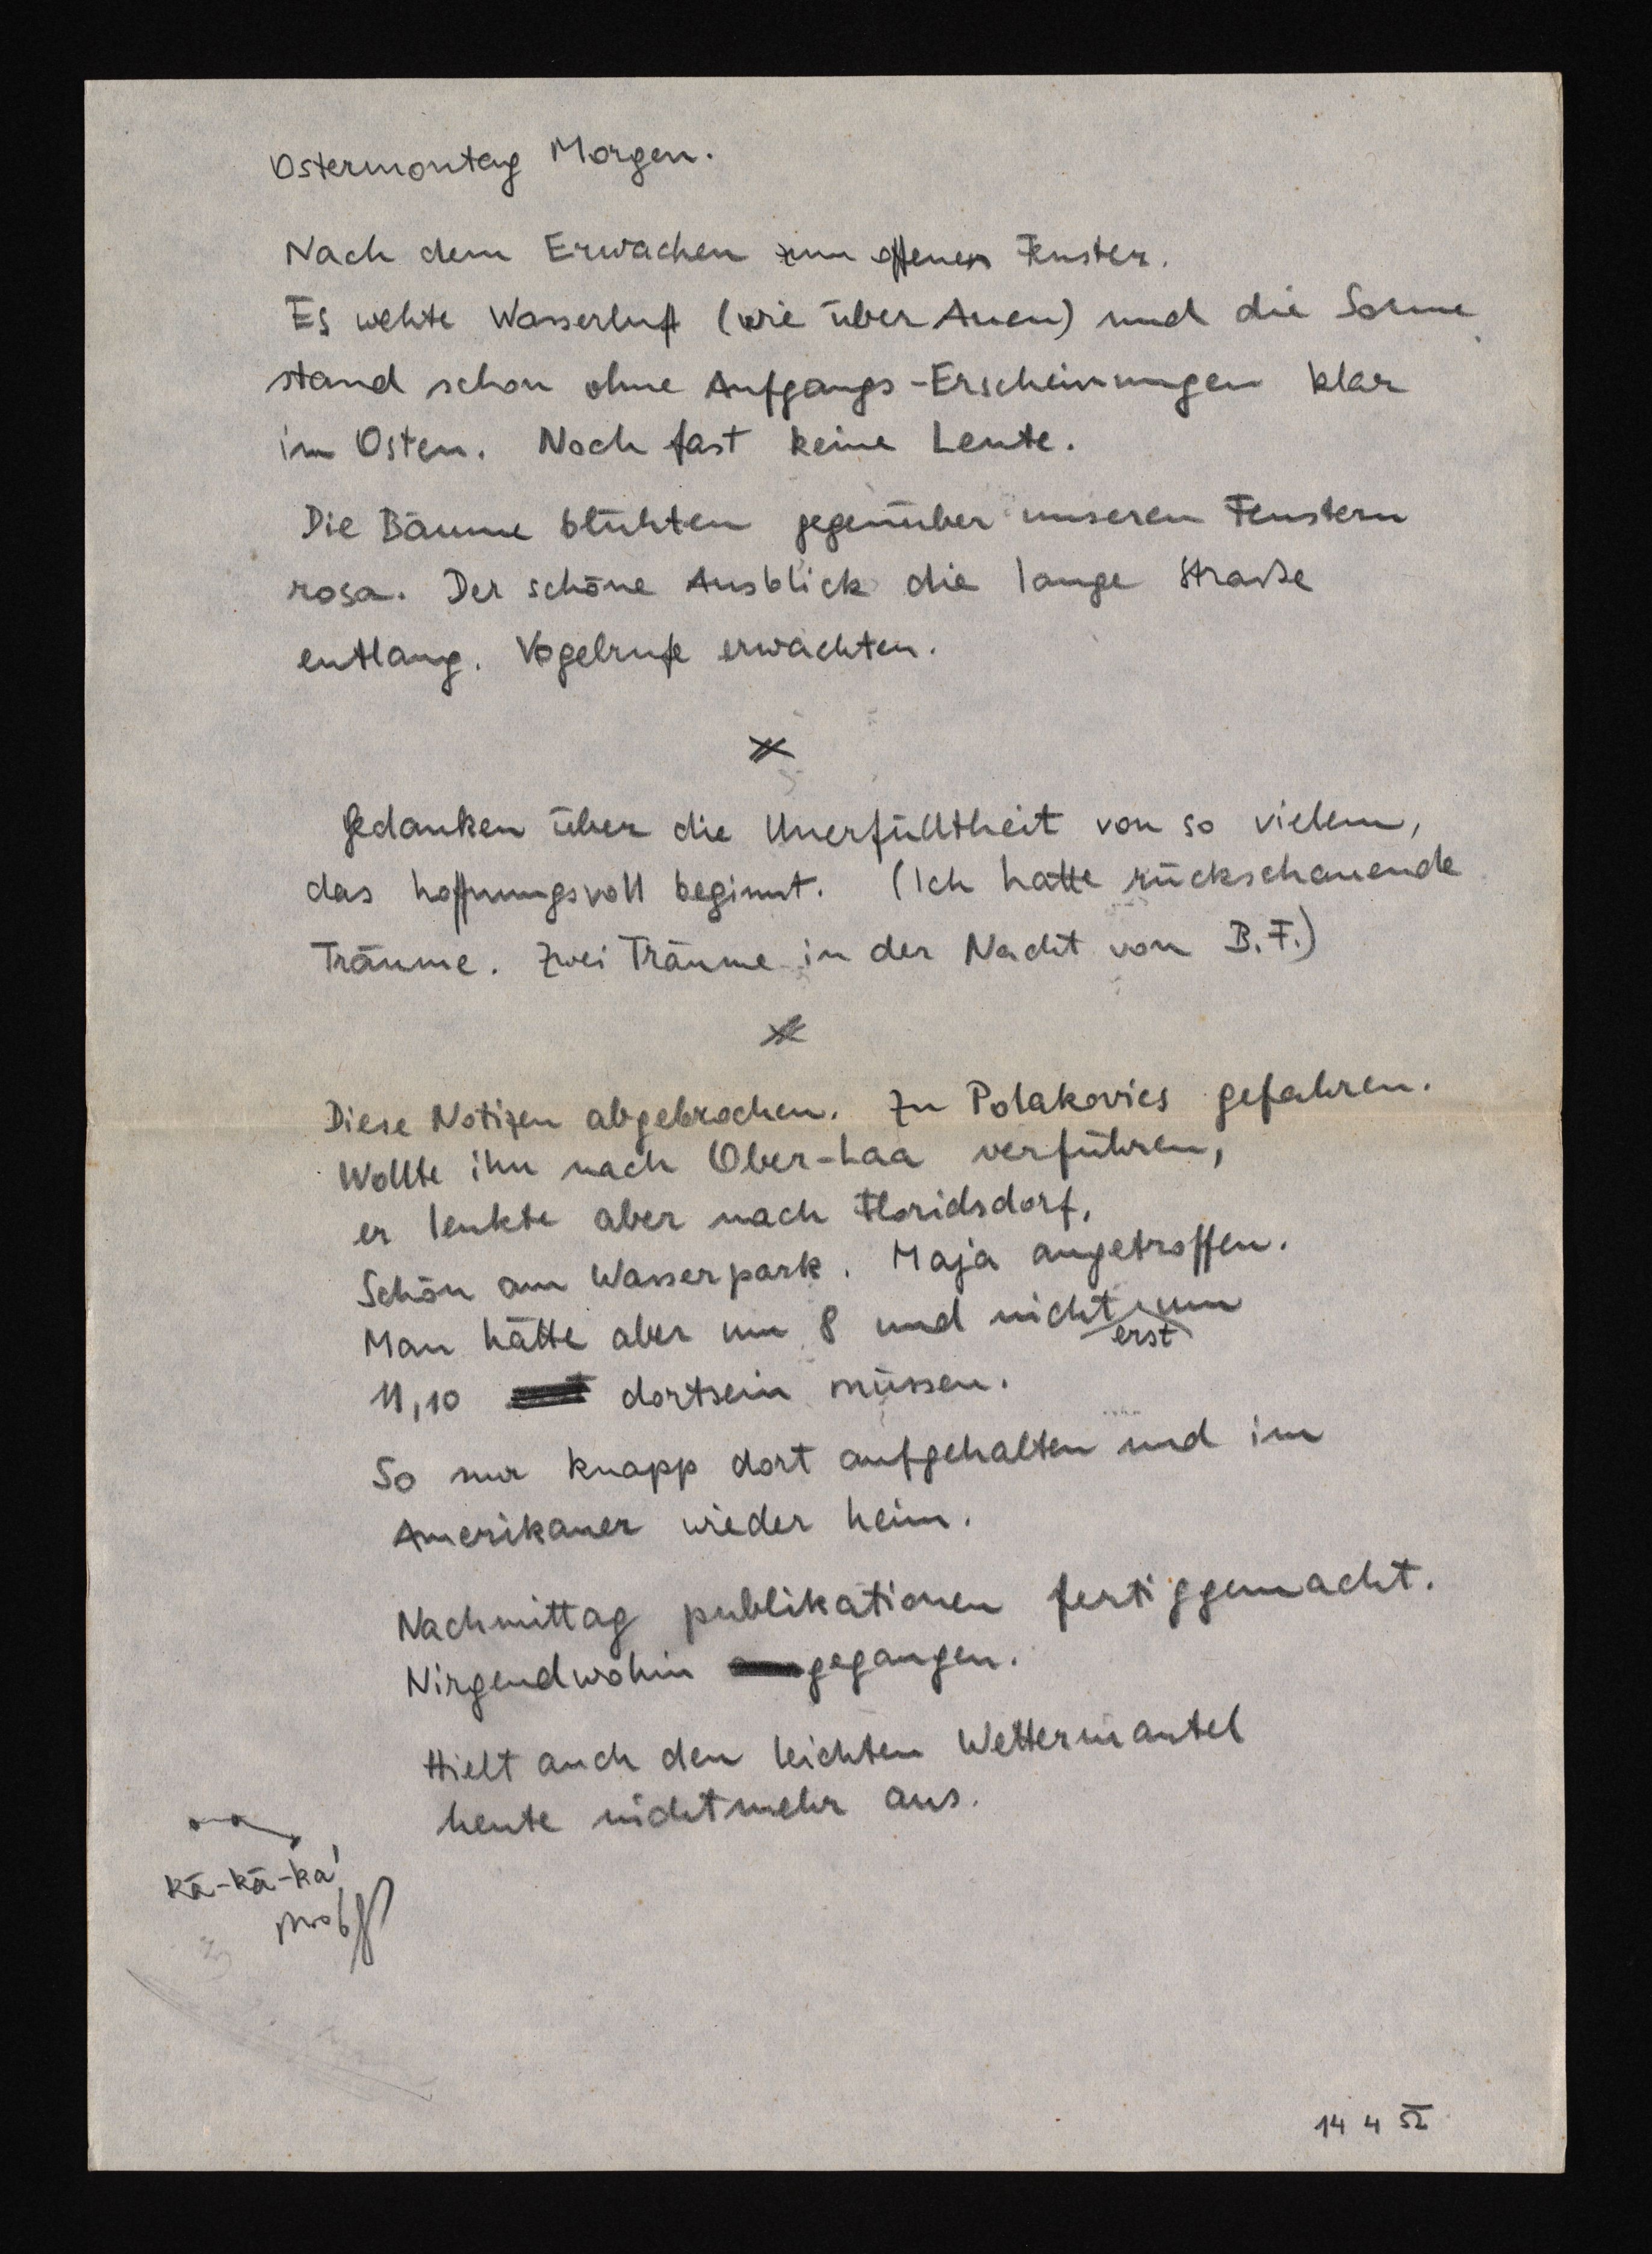
Ostermontag Morgen.
Nach dem Erwachen zum offenen Fenster.
Es wehte Wasserluft (wie über Auen) und die Sonne
stand schon ohne Aufgangs-Erscheinungen klar
im Osten. Noch fast keine Leute.
Die Bäume blühten gegenüber unseren Fenstern
rosa. Der schönste Ausblick die lange Straße
entlang. Vogelrufe erwachten.
Gedanken über die Unerfülltheit von so vielem,
das hoffnungsvoll beginnt. (Ich hatte rückschauende
Träume. Zwei Träume in der Nacht von B. F.)
Diese Notizen abgebrochen. Zu Polakovics gefahren.
Wollte ihn nach Ober-Laa verführen,
er lenkte aber nach Floridsdorf.
Schön am Wasserpark. Maja angetroffen.
Man hätte aber um 8 und nicht um
erst
11,10 erst dortsein müssen.
So nur knapp dort aufgehalten und im
Amerikaner wieder heim.
Nachmittag publikationen fertiggemacht.
Nirgendwohin ausgegangen.
Hielt auch den leichten Wettermantel
heute nicht mehr aus.
Kä-kä-ka'

14 4 52